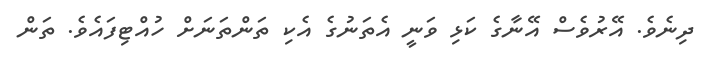
ދިނެވެ. އޭރުވެސް އޭނާގެ ކަޅި ވަނީ އެތަނުގެ އެކި ތަންތަނަށް ހުއްޓިފައެވެ. ތަން